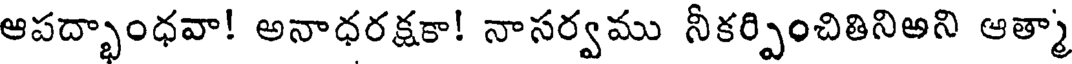
ఆపద్భాంధవా! అనాధరక్షకా! నాసర్వము నీకర్పించితినిఅని ఆత్మా